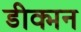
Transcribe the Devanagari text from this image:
डीक्मन